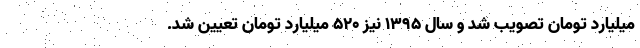
میلیارد تومان تصویب شد و سال ۱۳۹۵ نیز ۵۲۰ میلیارد تومان تعیین شد.